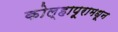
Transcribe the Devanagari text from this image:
कोल्हापूरामधून